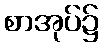
စာအုပ်၌